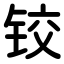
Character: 铰